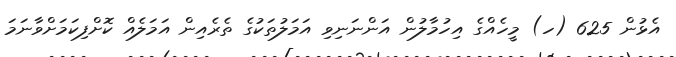
އެޅުން 625 (ހ) މީހެއްގެ އިހުމާލުން އަންނަނިވި އަމަލުތަކުގެ ތެރެއިން އަމަލެއް ކޮށްފިކަމަށްވާނަމަ